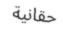
حقانية